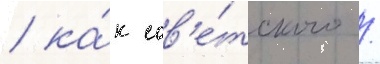
/ ка́к сов'е́тского /